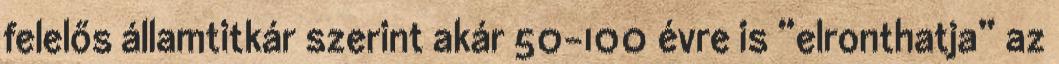
felelős államtitkár szerint akár 50-100 évre is “elronthatja” az